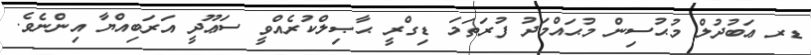
ޑރ ޢަބުދުލް މުޙުސިން މުޙައްމަދު ފުރަތަމަ ޑިގްރީ ޙާޞިލްކުރެއްވީ ސަޢޫދީ އަރަބިއްޔާ އިންނެވެ.